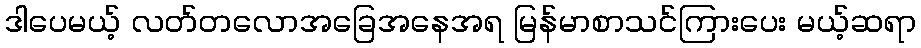
ဒါပေမယ့် လတ်တလောအခြေအနေအရ မြန်မာစာသင်ကြားပေး မယ့်ဆရာ